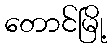
တောင်မြို့